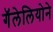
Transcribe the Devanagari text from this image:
गॅलेलियोने